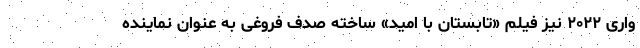
واری ۲۰۲۲ نیز فیلم «تابستان با امید» ساخته صدف فروغی به عنوان نماینده